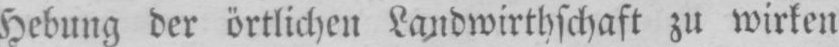
Hebung der örtlichen Landwirthschaft zu wirken